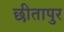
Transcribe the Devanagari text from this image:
छीतापुर